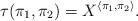
LaTeX: \begin{align*}\tau(\pi_1,\pi_2)=X^{\langle\pi_1,\pi_2\rangle}.\end{align*}